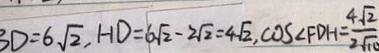
B D = 6 \sqrt { 2 } , H D = 6 \sqrt { 2 } - 2 \sqrt { 2 } = 4 \sqrt { 2 } , \cos \angle F D H = \frac { 4 \sqrt { 2 } } { 2 \sqrt { 1 0 } }